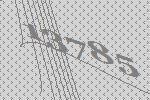
13785